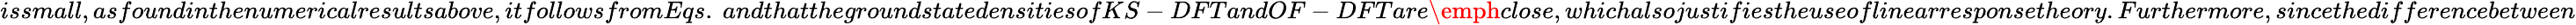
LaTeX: issmall,asfoundinthenumericalresultsabove,itfollowsfromEqs.~andthatthegroundstatedensitiesofKS-DFTandOF-DFTare\emph{close},whichalsojustifiestheuseoflinearresponsetheory.Furthermore,sincethedifferencebetween